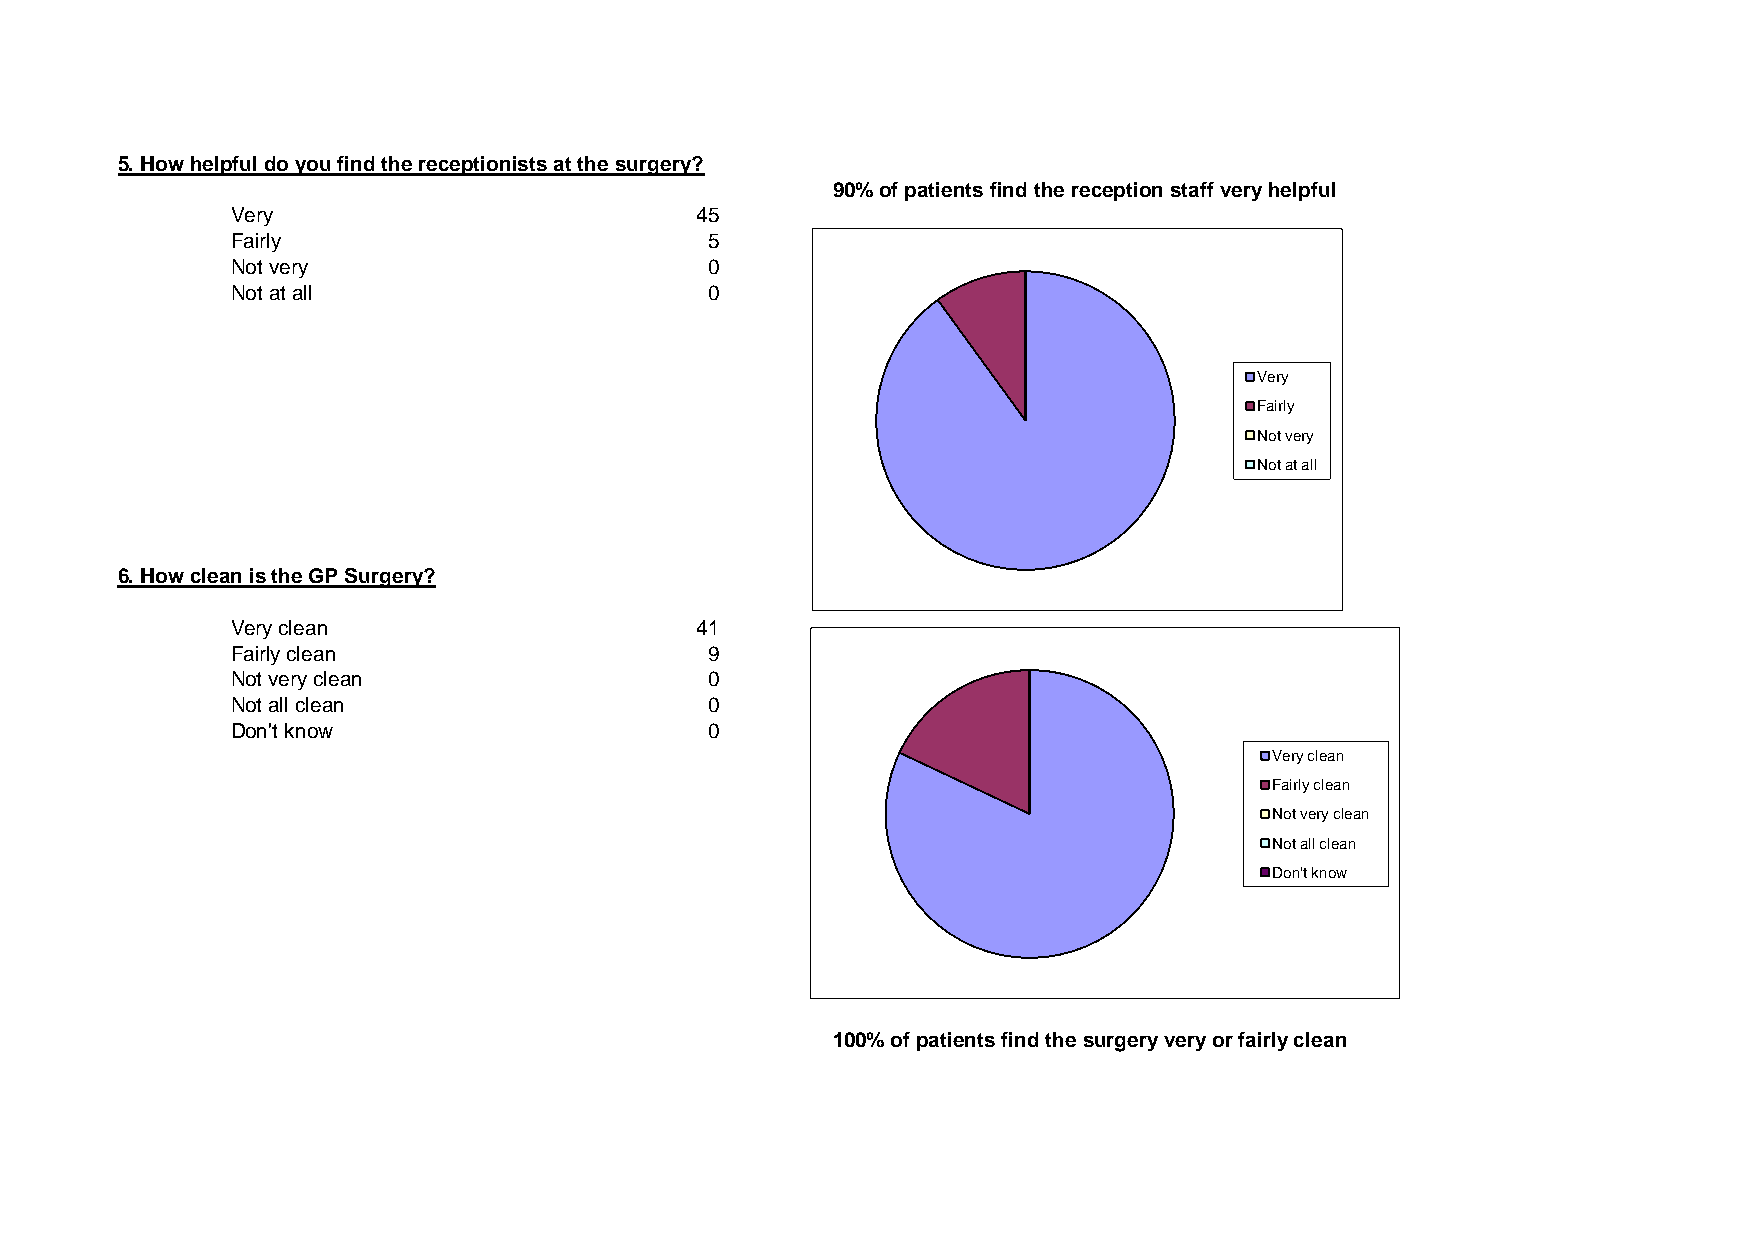
5. How helpful do you find the receptionists at the surgery?
 90% of patients find the reception staff very helpful
 Very                           45
 Fairly                          5
 Not very                        0
 Not at all                      0
 Very
 Fairly
 Not very
 Not at all
 6. How clean is the GP Surgery?
 Very clean                     41
 Fairly clean                    9
 Not very clean                  0
 Not all clean                   0
 Don't know                      0
 Very clean
 Fairly clean
 Not very clean
 Not all clean
 Don't know
 100% of patients find the surgery very or fairly clean